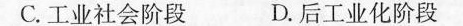
C.工业社会阶段 D.后工业化阶段